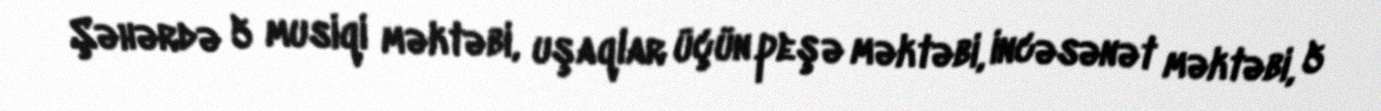
Şəhərdə 5 musiqi məktəbi, uşaqlar üçün peşə məktəbi, incəsənət məktəbi, 5